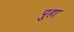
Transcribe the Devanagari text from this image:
पुहा